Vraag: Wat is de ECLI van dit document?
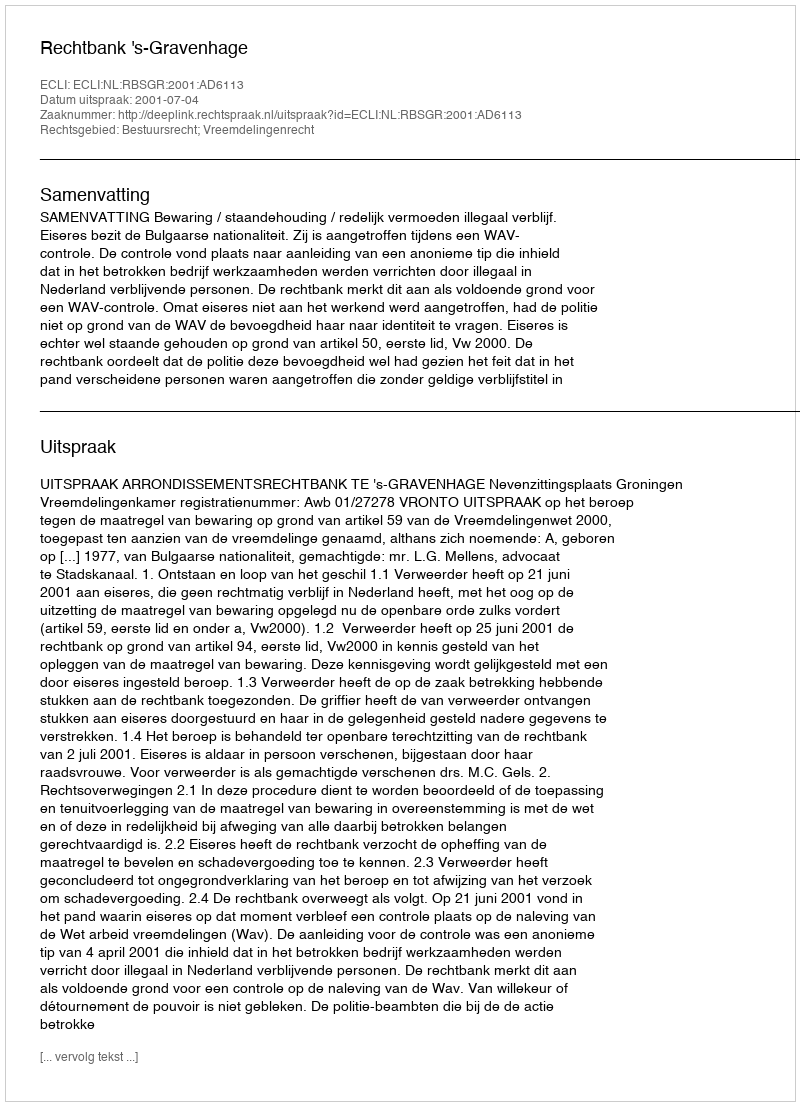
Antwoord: ECLI:NL:RBSGR:2001:AD6113